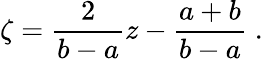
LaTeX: \zeta={\frac{2}{b-a}}z-{\frac{a+b}{b-a}}\; .